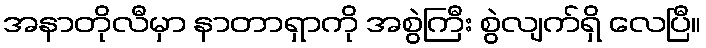
အနာတိုလီမှာ နာတာရှာကို အစွဲကြီး စွဲလျက်ရှိ လေပြီ။